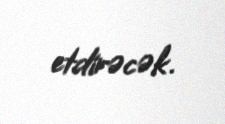
etdirəcək.